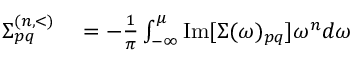
\begin{array} { r l } { \Sigma _ { p q } ^ { ( n , < ) } } & { { } = - \frac { 1 } { \pi } \int _ { - \infty } ^ { \mu } \mathrm { I m } [ \Sigma ( \omega ) _ { p q } ] \omega ^ { n } d \omega } \end{array}